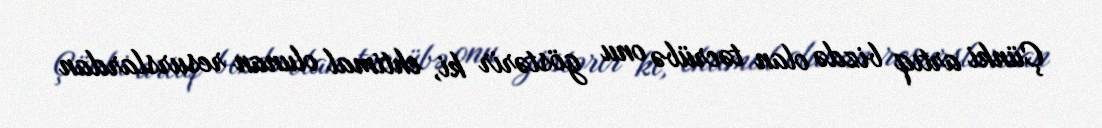
Çünki artıq bizdə olan təcrübə onu göstərir ki, ehtimal olunan resurslardan